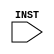
module decoder(INST); // add outputs

input [15:0] INST;

/* ADD YOUR CODE BELOW THIS LINE */

// declare outputs

/* ADD YOUR CODE ABOVE THIS LINE */

// parse the instruction feilds
wire [3:0] OP;
wire [2:0] RS;
wire [2:0] RT;
wire [2:0] RD;
wire [2:0] FUNCT;
wire [5:0] IMM_INST;

assign OP = INST[15:12];
assign RS = INST[11:9];
assign RT = INST[8:6];
assign RD = INST[5:3];
assign FUNCT = INST[2:0];
assign IMM_INST = INST[5:0];

/* ADD YOUR CODE BELOW THIS LINE */

always @(*) begin
	case (OP)
	// implement decoder logic here
		default: begin
		end
	endcase

end

/* ADD YOUR CODE ABOVE THIS LINE */

endmodule